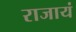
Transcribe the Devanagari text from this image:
राजायं